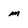
Character: m